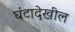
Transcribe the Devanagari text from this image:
घंटादेखील